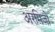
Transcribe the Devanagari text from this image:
अरमिजो